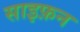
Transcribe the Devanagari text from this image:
साइफ़न